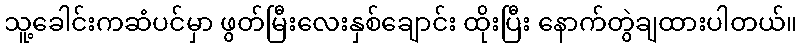
သူ့ခေါင်းကဆံပင်မှာ ဖွတ်မြီးလေးနှစ်ချောင်း ထိုးပြီး နောက်တွဲချထားပါတယ်။